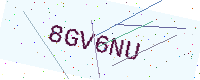
Text: 8GV6NU